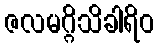
ဇလမဂ္ဂိသိခါရိဝ